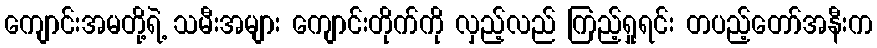
ကျောင်းအမတို့ရဲ့ သမီးအများ ကျောင်းတိုက်ကို လှည့်လည် ကြည့်ရှုရင်း တပည့်တော်အနီးက